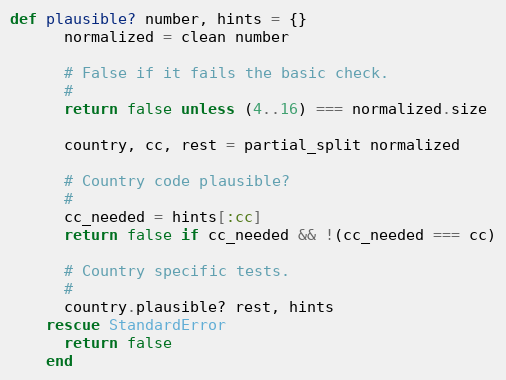
Language: Ruby
def plausible? number, hints = {}
      normalized = clean number

      # False if it fails the basic check.
      #
      return false unless (4..16) === normalized.size

      country, cc, rest = partial_split normalized

      # Country code plausible?
      #
      cc_needed = hints[:cc]
      return false if cc_needed && !(cc_needed === cc)

      # Country specific tests.
      #
      country.plausible? rest, hints
    rescue StandardError
      return false
    end